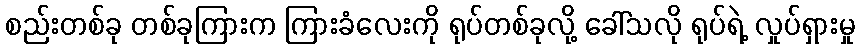
စည်းတစ်ခု တစ်ခုကြားက ကြားခံလေးကို ရုပ်တစ်ခုလို့ ခေါ်သလို ရုပ်ရဲ့ လှုပ်ရှားမှု